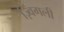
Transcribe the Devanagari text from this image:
ज़्विंगली